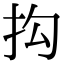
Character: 抅